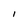
Character: I